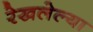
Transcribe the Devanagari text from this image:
रेखलेल्या